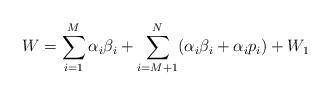
LaTeX: \begin{align*}W=\sum_{i=1}^M\alpha_i\beta_i+\sum_{i=M+1}^N(\alpha_i\beta_i+\alpha_ip_i)+W_1\end{align*}